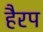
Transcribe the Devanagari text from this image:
हैरप